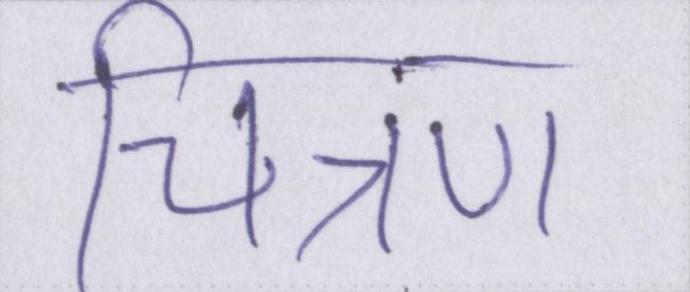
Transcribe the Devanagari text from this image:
चित्रण